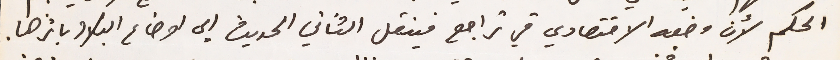
الحكم لأن وضعه الاقتصادي في تراجع فينقل الثاني الحديث الى اوضاع البلاد باثرها.